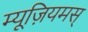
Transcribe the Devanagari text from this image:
म्यूज़ियमस्